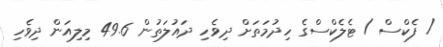
/ ފެކްސް / ޓެލެކްސްގެ ހިދުމަތަށް ދިވެހި ދައުލަތުން 49.6 މިލިއަން ދިވެހި